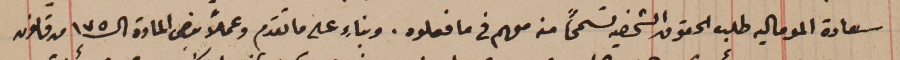
سعادة الموماليه طلب الحقوق الشخصي تسمحاً منه معهم فى ما فعلوه. وبناءٍ على ما تقدم وعملاً بِنص المادة الـ ١٧٥ من قانون